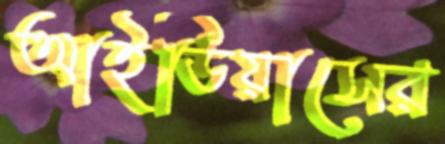
আইডিয়াসের